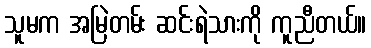
သူမက အမြဲတမ်း ဆင်းရဲသားကို ကူညီတယ်။